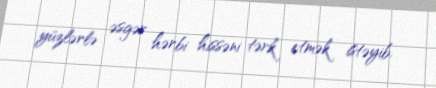
yüzlərlə əsgər hərbi hissəni tərk etmək istəyib.